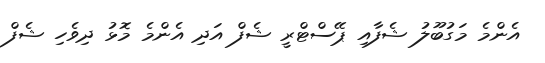
އެންމެ މަގުބޫލު ޝެފާއި ޕޭސްޓްރީ ޝެފް އަދި އެންމެ މޮޅު ދިވެހި ޝެފް